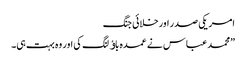
امریکی صدر اورخلائی جنگ
”محمد عباس نے عمدہ باﺅلنگ کی اور وہ بہت ہی۔